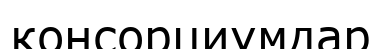
консорциумдар